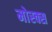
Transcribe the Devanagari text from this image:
मोस्क्स